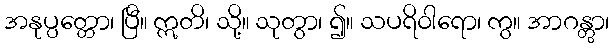
အနုပ္ပတ္တော၊ ပြီ။ ဣတိ၊ သို့။ သုတွာ၊ ၍။ သပရိဝါရော၊ ကွ။ အာဂန္တွာ၊